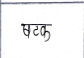
मजकूर: षटक